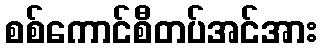
စစ်ကောင်စီတပ်အင်အား